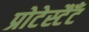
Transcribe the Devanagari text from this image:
प्रोटेस्टैँट